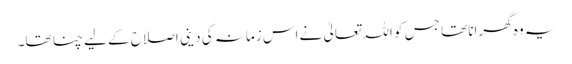
یہ وہ گھرانا تھا جس کو اللہ تعالیٰ نے اس زمانہ کی دینی اصلاح کے لیے چنا تھا۔